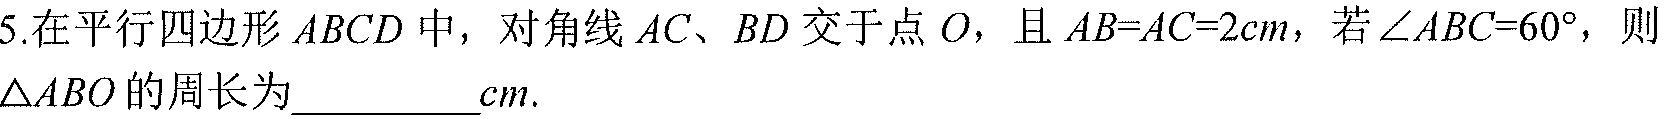
5.在平行四边形 \(ABCD\) 中，对角线 \(AC、BD\) 交于点 \(O\)，且 \(AB = AC = 2cm\)，若 \(\angle ABC = 60^{\circ}\)，则 \(\triangle ABO\) 的周长为__________\(cm\).